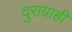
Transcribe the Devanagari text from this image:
दुराग्राही